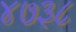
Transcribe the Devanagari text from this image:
४७३८